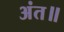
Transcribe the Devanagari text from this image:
अंत॥